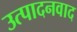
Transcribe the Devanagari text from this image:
उत्पादनवाद